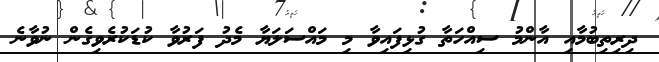
ދިރިތިބުމާއި އާންމު ސިއްހަތާ ގުޅިފައިވާ މި މައްސަލަޔާ މެދު ފަރުވާ ކުޑަކުރެވިގެން ނުވާނެ